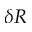
\delta R